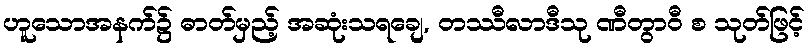
ဟူသောအနက်၌ ဓာတ်မှည့် အဆုံးသရချေ, တဿီလာဒီသု ဏီတွာဝီ စ သုတ်ဖြင့်